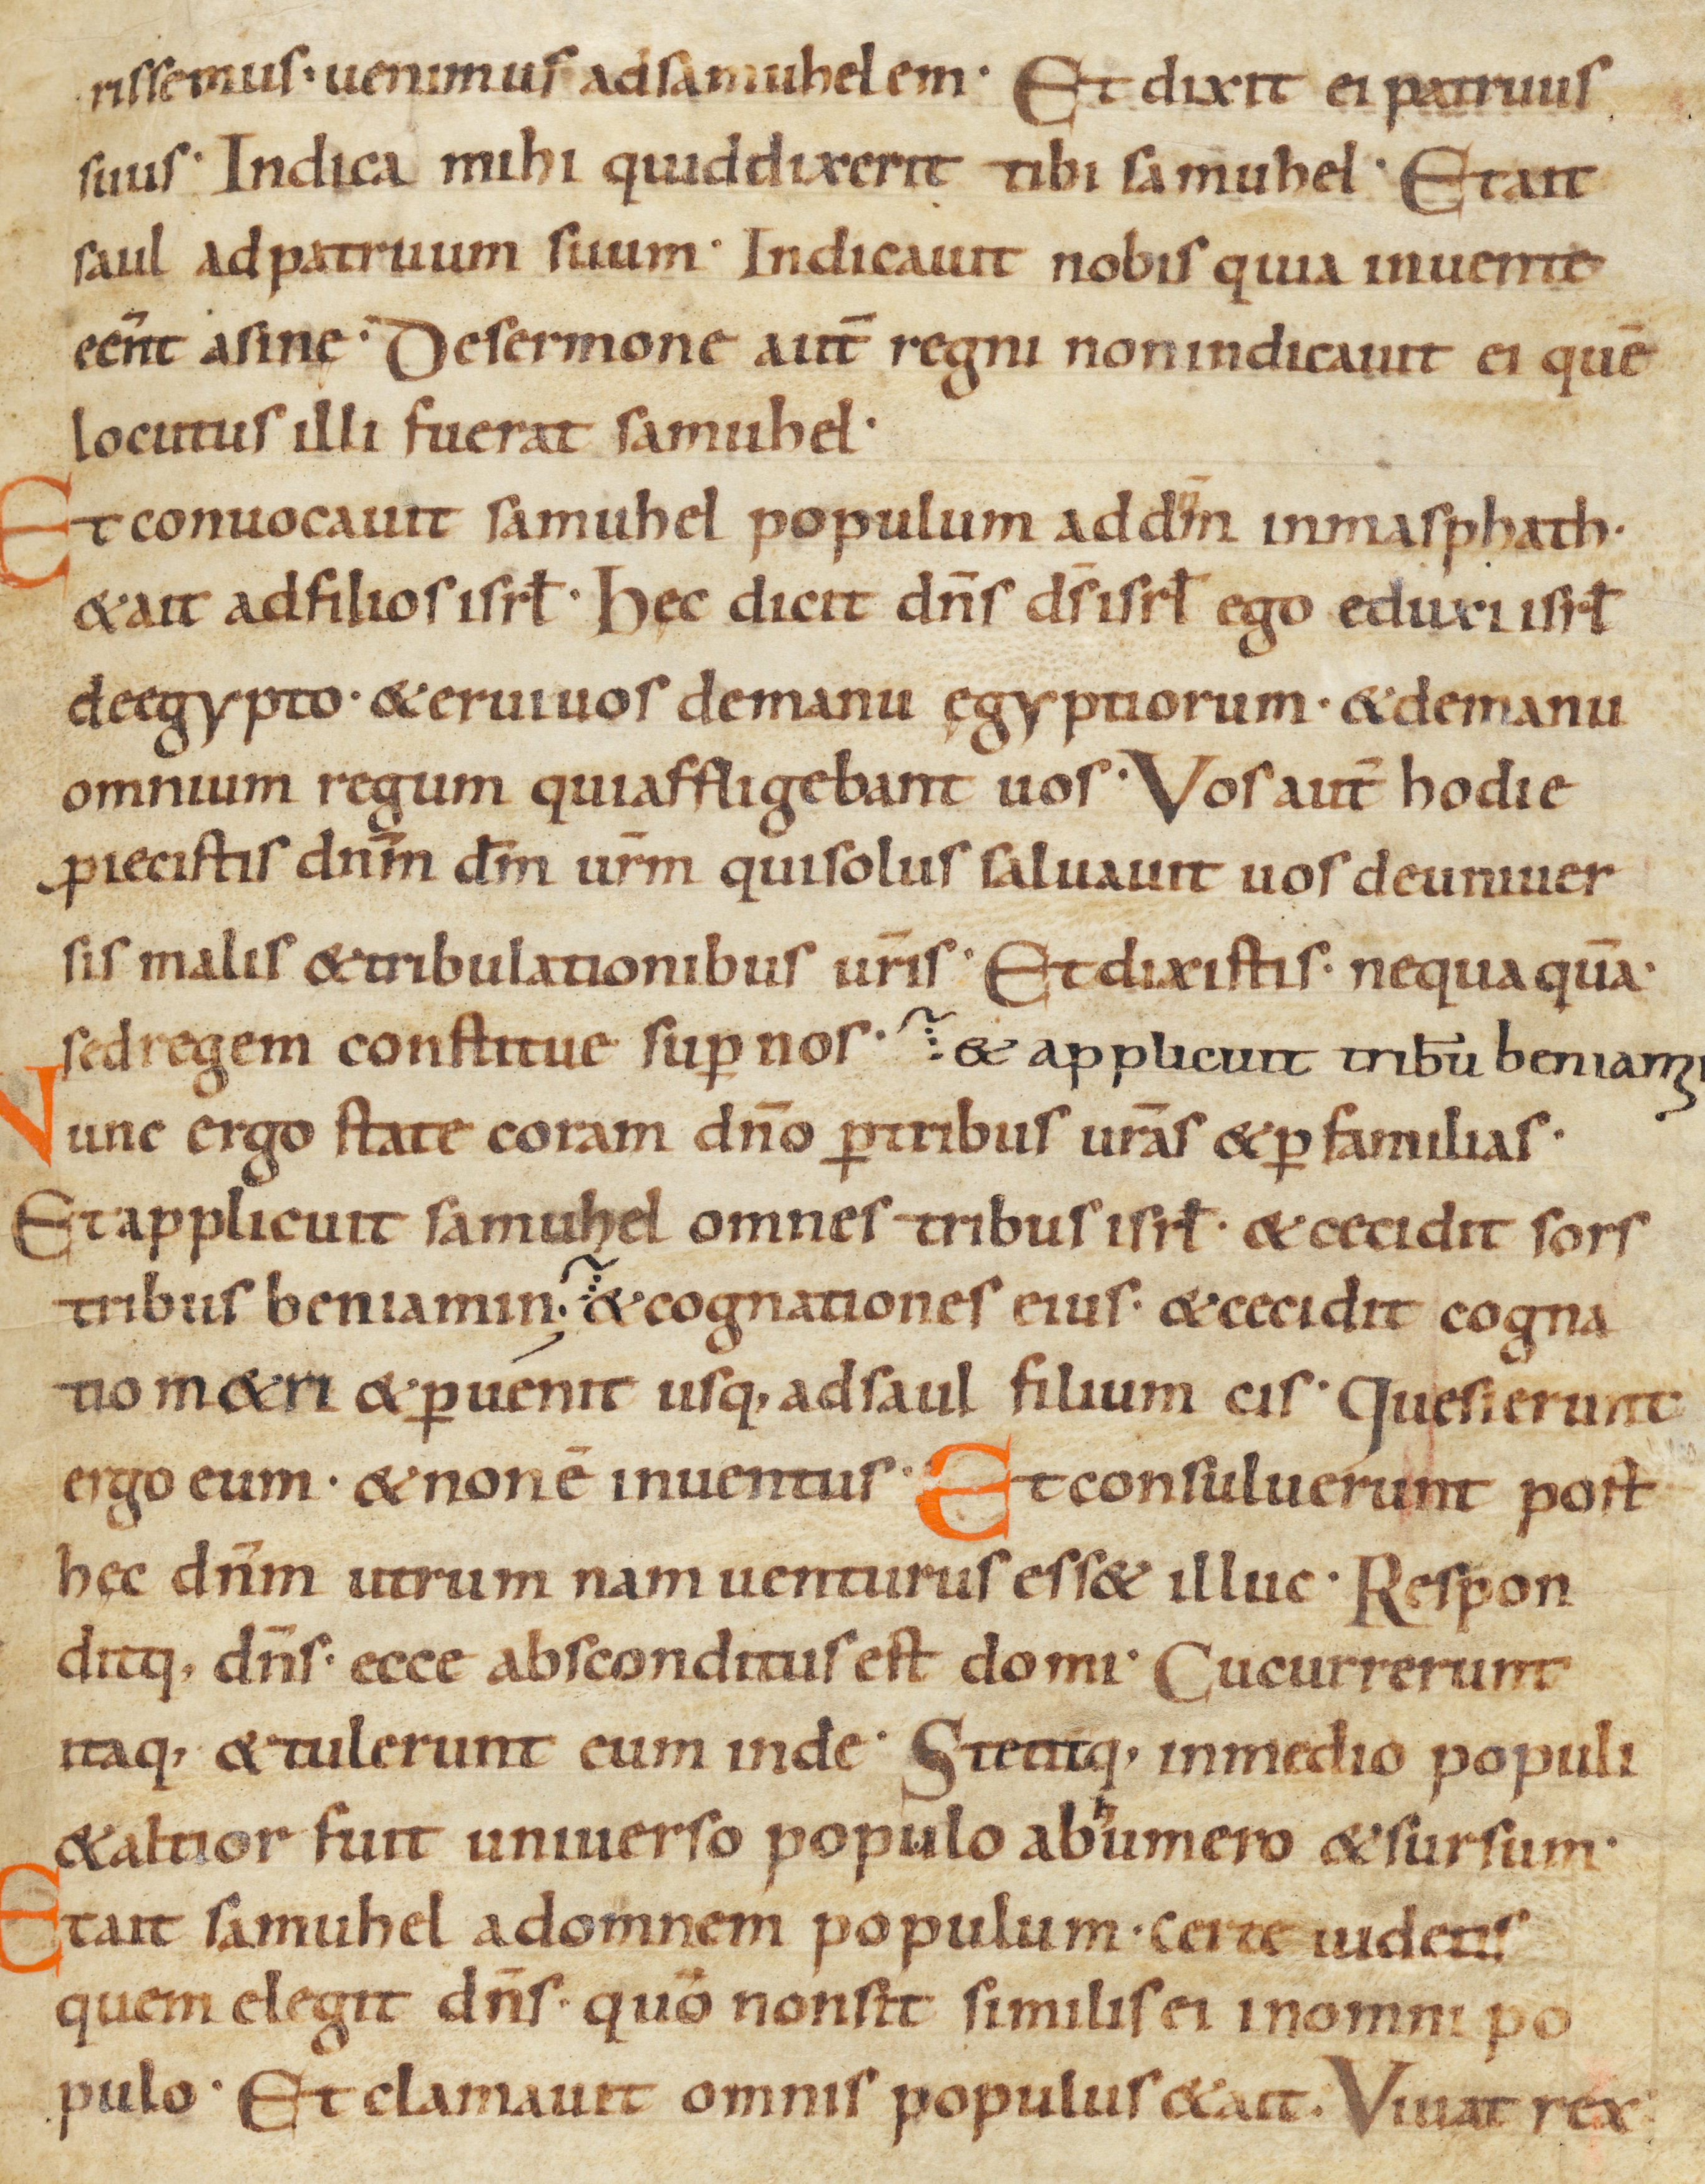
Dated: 900–999